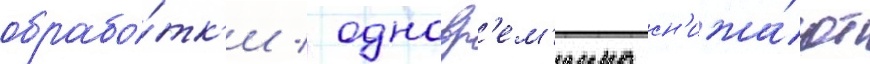
обрабо́тк'и / одновр'ем'енно сн'ижа́ют